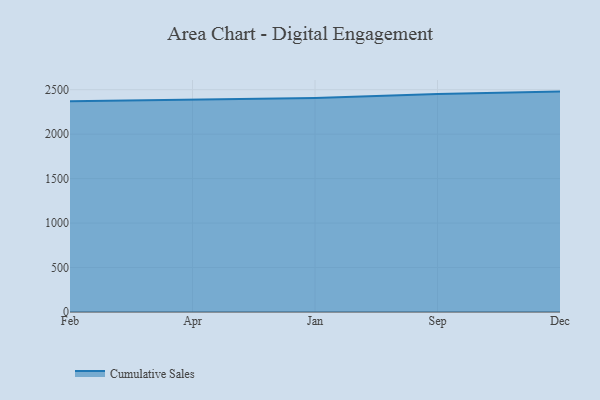
{"axis": {"x": "Month", "y": "Bounce Rate (%)"}, "legend": ["Cumulative Sales"], "data": [{"x": "Feb", "y": 2370.9, "type": "Cumulative Sales"}, {"x": "Apr", "y": 2392.4, "type": "Cumulative Sales"}, {"x": "Jan", "y": 2407.8, "type": "Cumulative Sales"}, {"x": "Sep", "y": 2452.0, "type": "Cumulative Sales"}, {"x": "Dec", "y": 2478.6, "type": "Cumulative Sales"}]}